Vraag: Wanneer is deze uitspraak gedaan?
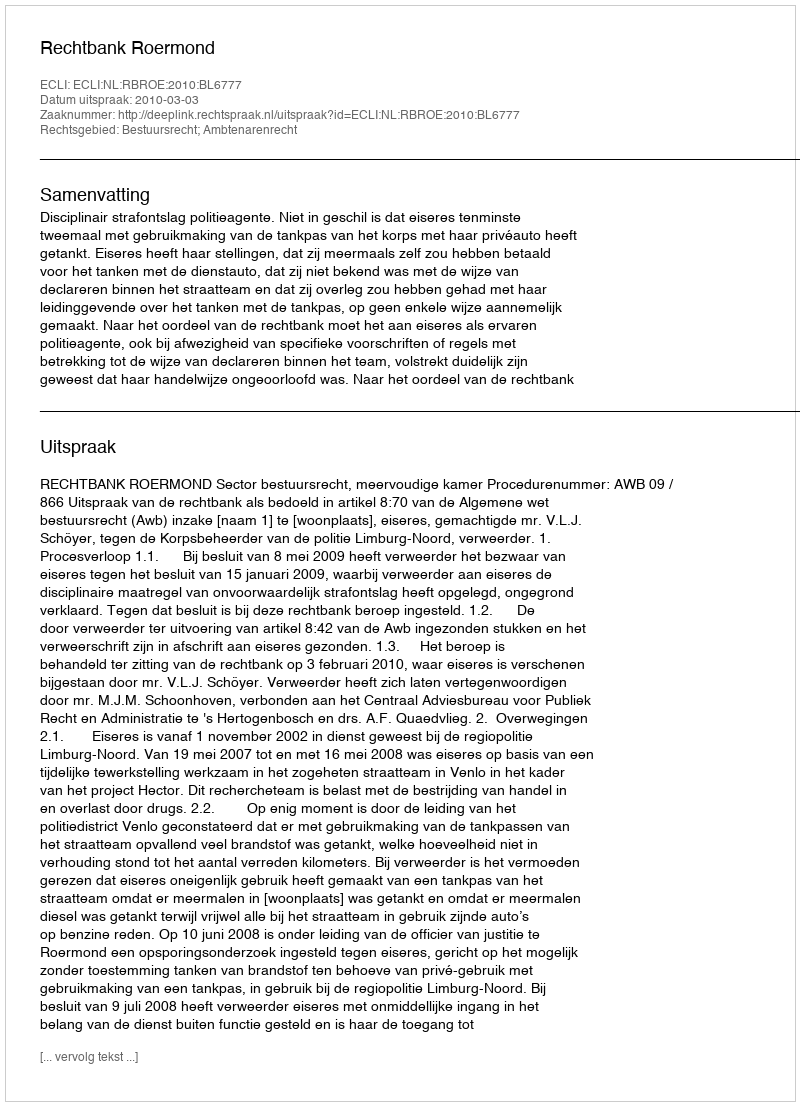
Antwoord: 2010-03-03